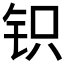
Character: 𰽨